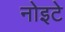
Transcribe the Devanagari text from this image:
नोइटे